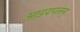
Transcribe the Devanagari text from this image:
आडयपलम्‌